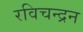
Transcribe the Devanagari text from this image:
रविचन्द्रन